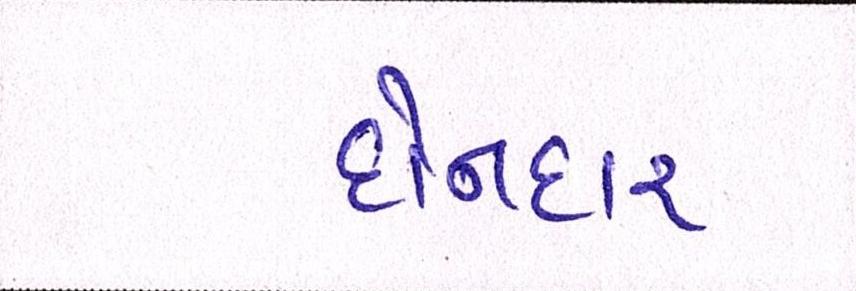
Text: દોનદાર